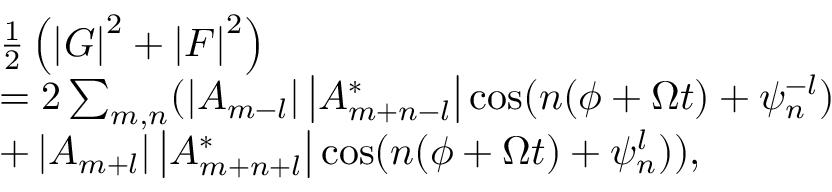
\begin{array} { r l } & { \frac { 1 } { 2 } \left( \left\vert G \right\vert ^ { 2 } + \left\vert F \right\vert ^ { 2 } \right) } \\ & { = 2 \sum _ { m , n } ( \left\vert A _ { m - l } \right\vert \left\vert A _ { m + n - l } ^ { \ast } \right\vert \cos ( n ( \phi + \Omega t ) + \psi _ { n } ^ { - l } ) } \\ & { + \left\vert A _ { m + l } \right\vert \left\vert A _ { m + n + l } ^ { \ast } \right\vert \cos ( n ( \phi + \Omega t ) + \psi _ { n } ^ { l } ) ) , } \end{array}